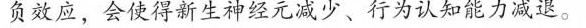
负效应，会使得新生神经元减少、行为认知能力减退。